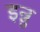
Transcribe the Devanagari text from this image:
इन्नु